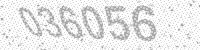
Solution: 036056